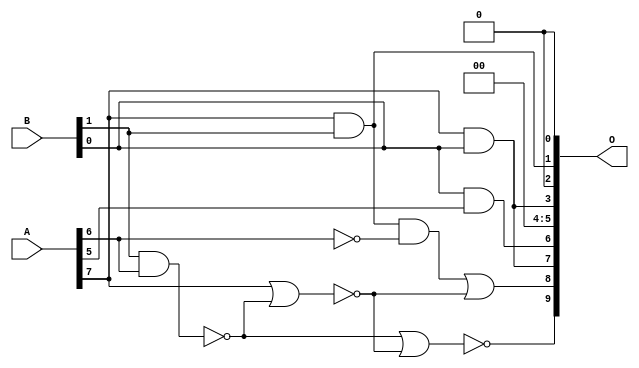
module mul8x2u_0SJ (
    A,
    B,
    O
);

input [7:0] A;
input [1:0] B;
output [9:0] O;

wire sig_14,sig_15,sig_17,sig_20,sig_25,sig_31,sig_40,sig_42,sig_65;

assign sig_14 = ~(B[1] & A[6]);
assign sig_15 = B[0] & A[5];
assign sig_17 = A[7] & B[0];
assign sig_20 = ~A[6];
assign sig_25 = A[7] & B[1];
assign sig_31 = ~(A[7] | sig_14);
assign sig_40 = sig_25 & sig_20;
assign sig_42 = ~(sig_14 | sig_31);
assign sig_65 = sig_40 | sig_31;

assign O[9] = sig_42;
assign O[8] = sig_65;
assign O[7] = sig_17;
assign O[6] = sig_15;
assign O[5] = 1'b0;
assign O[4] = 1'b0;
assign O[3] = sig_17;
assign O[2] = 1'b0;
assign O[1] = sig_25;
assign O[0] = 1'b0;

endmodule